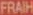
FRAIH